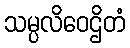
သမ္ပလိဝေဌိတံ